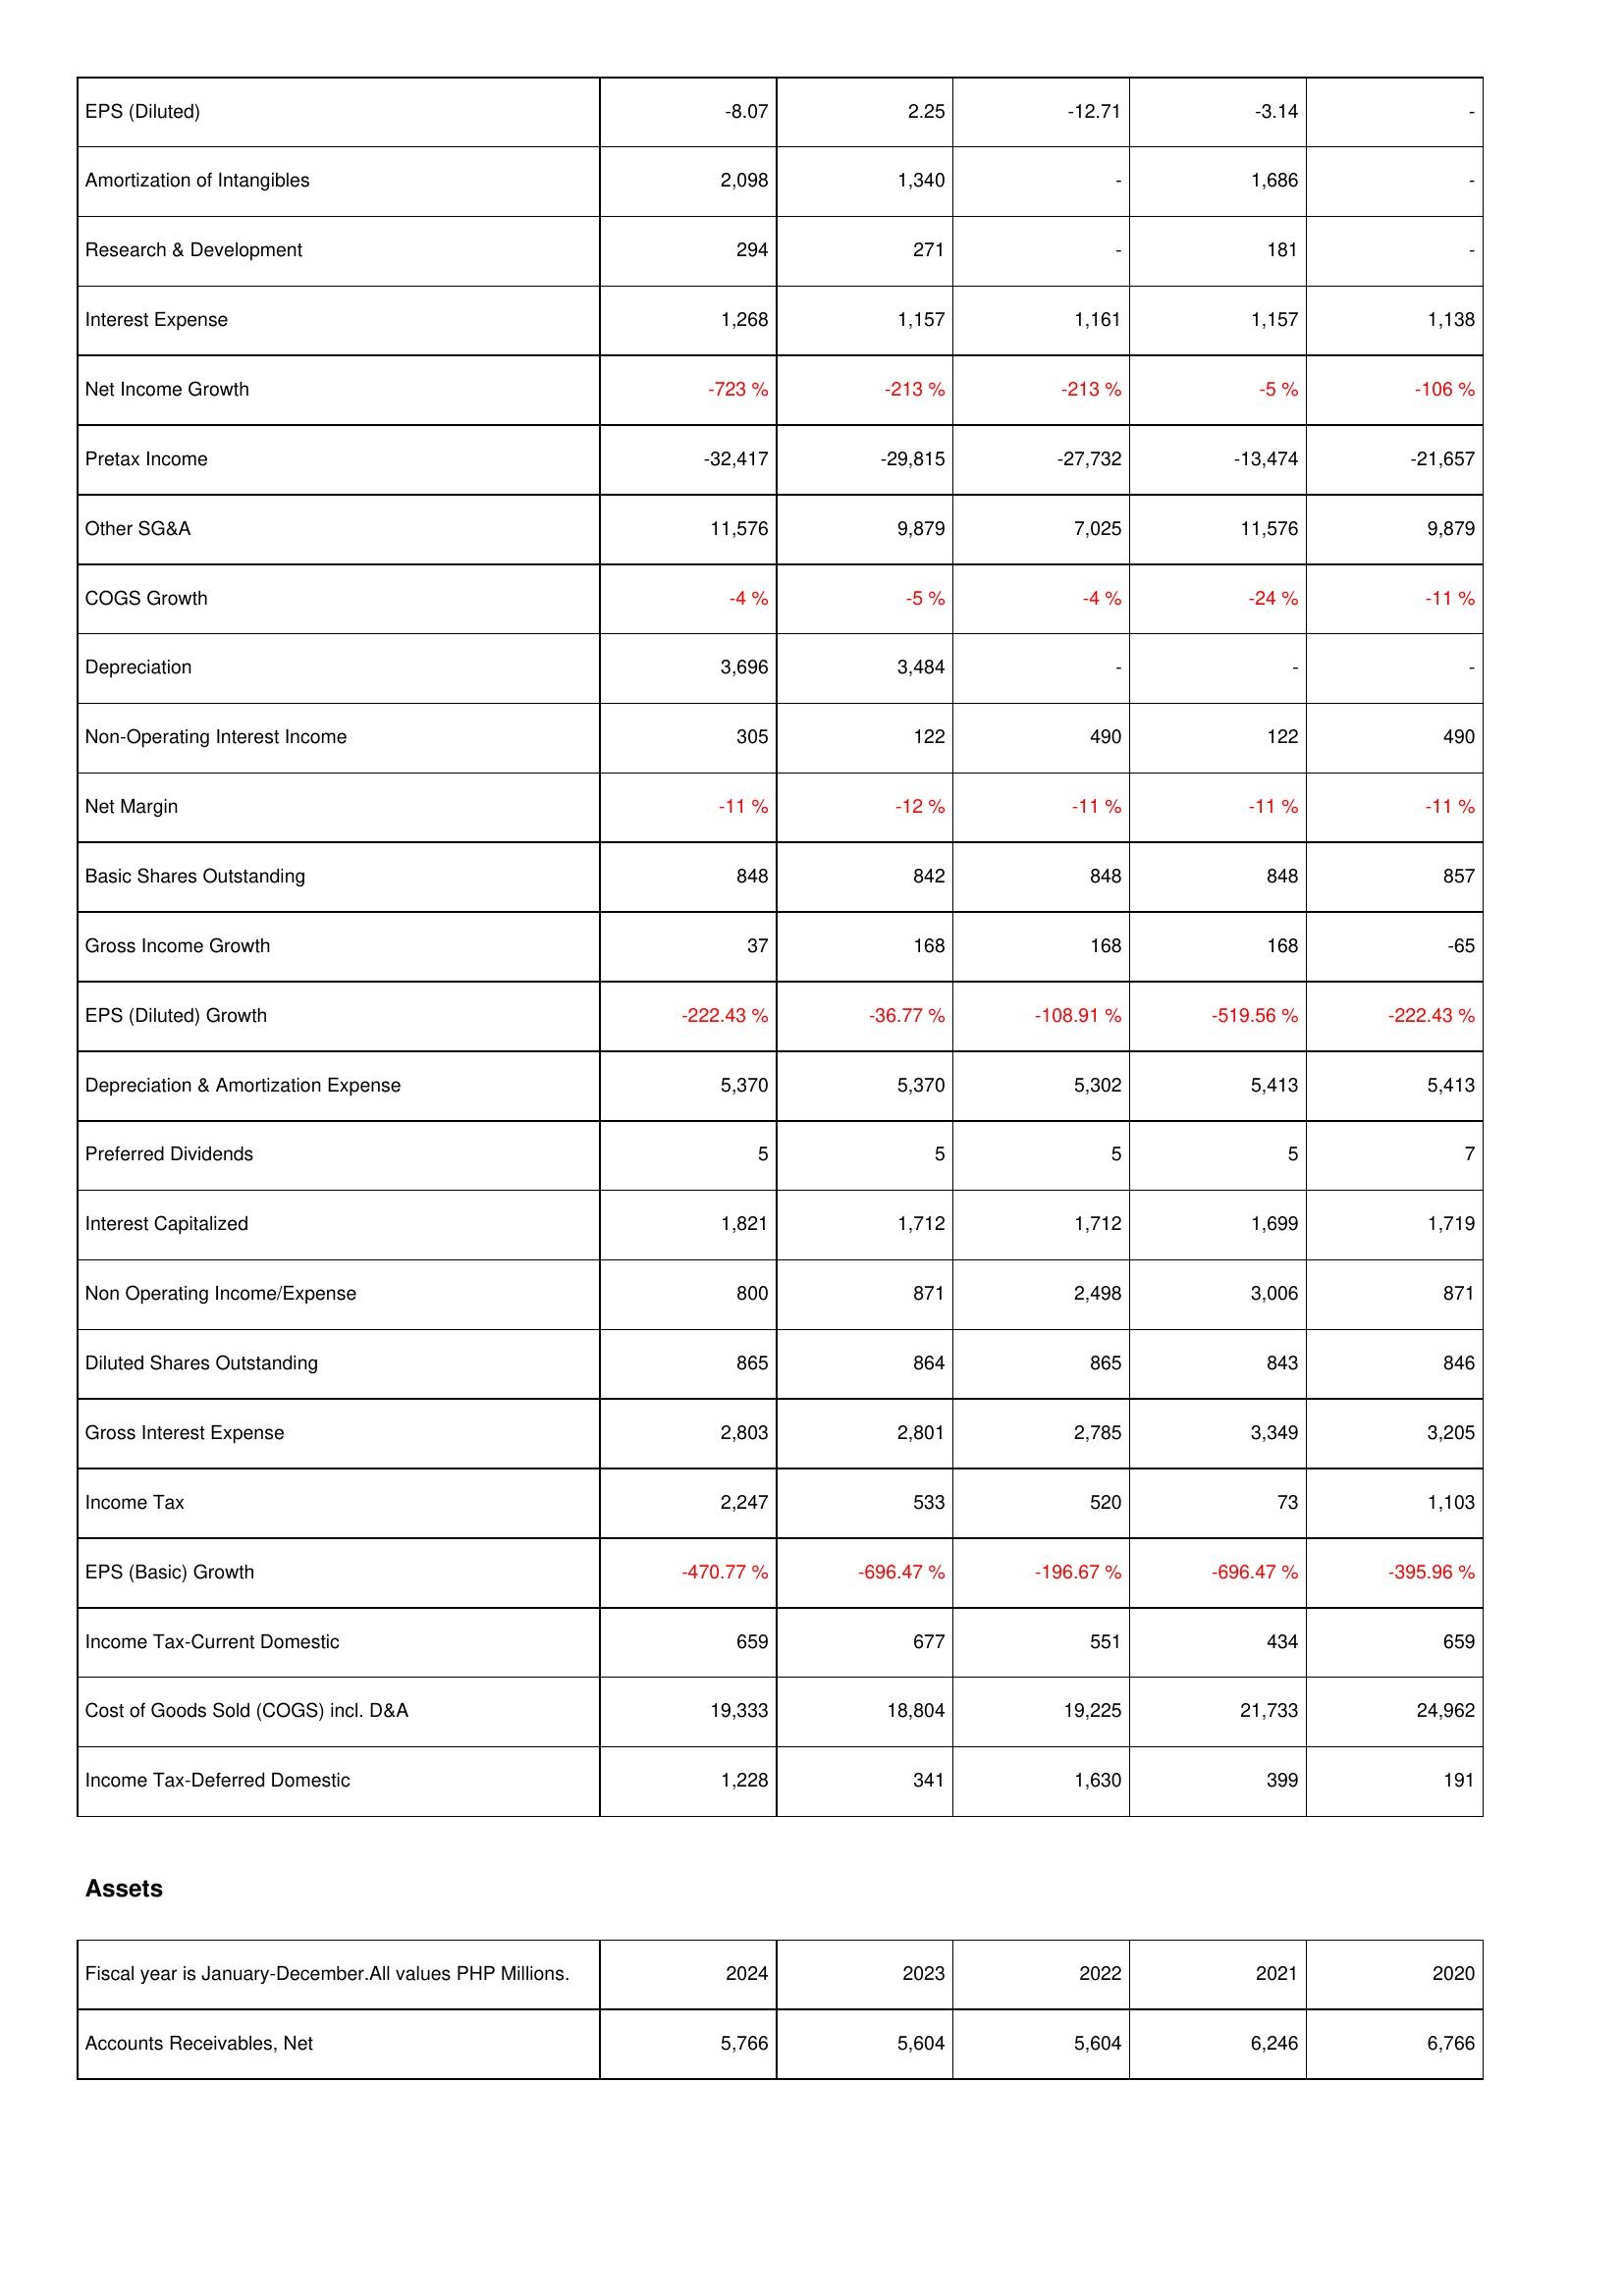
2024: Income Statement: EPS (Diluted): -8.07
Amortization of Intangibles: 2,098
Research & Development: 294
Interest Expense: 1,268
Net Income Growth: -723 %
Pretax Income: -32,417
Other SG&A: 11,576
COGS Growth: -4 %
Depreciation: 3,696
Non-Operating Interest Income: 305
Net Margin: -11 %
Basic Shares Outstanding: 848
Gross Income Growth: 37
EPS (Diluted) Growth: -222.43 %
Depreciation & Amortization Expense: 5,370
Preferred Dividends: 5
Interest Capitalized: 1,821
Non Operating Income/Expense: 800
Diluted Shares Outstanding: 865
Gross Interest Expense: 2,803
Income Tax: 2,247
EPS (Basic) Growth: -470.77 %
Income Tax-Current Domestic: 659
Cost of Goods Sold (COGS) incl. D&A: 19,333
Income Tax-Deferred Domestic: 1,228
Assets: Accounts Receivables, Net: 5,766
2023: Income Statement: EPS (Diluted): 2.25
Amortization of Intangibles: 1,340
Research & Development: 271
Interest Expense: 1,157
Net Income Growth: -213 %
Pretax Income: -29,815
Other SG&A: 9,879
COGS Growth: -5 %
Depreciation: 3,484
Non-Operating Interest Income: 122
Net Margin: -12 %
Basic Shares Outstanding: 842
Gross Income Growth: 168
EPS (Diluted) Growth: -36.77 %
Depreciation & Amortization Expense: 5,370
Preferred Dividends: 5
Interest Capitalized: 1,712
Non Operating Income/Expense: 871
Diluted Shares Outstanding: 864
Gross Interest Expense: 2,801
Income Tax: 533
EPS (Basic) Growth: -696.47 %
Income Tax-Current Domestic: 677
Cost of Goods Sold (COGS) incl. D&A: 18,804
Income Tax-Deferred Domestic: 341
Assets: Accounts Receivables, Net: 5,604
2022: Income Statement: EPS (Diluted): -12.71
Amortization of Intangibles: -
Research & Development: -
Interest Expense: 1,161
Net Income Growth: -213 %
Pretax Income: -27,732
Other SG&A: 7,025
COGS Growth: -4 %
Depreciation: -
Non-Operating Interest Income: 490
Net Margin: -11 %
Basic Shares Outstanding: 848
Gross Income Growth: 168
EPS (Diluted) Growth: -108.91 %
Depreciation & Amortization Expense: 5,302
Preferred Dividends: 5
Interest Capitalized: 1,712
Non Operating Income/Expense: 2,498
Diluted Shares Outstanding: 865
Gross Interest Expense: 2,785
Income Tax: 520
EPS (Basic) Growth: -196.67 %
Income Tax-Current Domestic: 551
Cost of Goods Sold (COGS) incl. D&A: 19,225
Income Tax-Deferred Domestic: 1,630
Assets: Accounts Receivables, Net: 5,604
2021: Income Statement: EPS (Diluted): -3.14
Amortization of Intangibles: 1,686
Research & Development: 181
Interest Expense: 1,157
Net Income Growth: -5 %
Pretax Income: -13,474
Other SG&A: 11,576
COGS Growth: -24 %
Depreciation: -
Non-Operating Interest Income: 122
Net Margin: -11 %
Basic Shares Outstanding: 848
Gross Income Growth: 168
EPS (Diluted) Growth: -519.56 %
Depreciation & Amortization Expense: 5,413
Preferred Dividends: 5
Interest Capitalized: 1,699
Non Operating Income/Expense: 3,006
Diluted Shares Outstanding: 843
Gross Interest Expense: 3,349
Income Tax: 73
EPS (Basic) Growth: -696.47 %
Income Tax-Current Domestic: 434
Cost of Goods Sold (COGS) incl. D&A: 21,733
Income Tax-Deferred Domestic: 399
Assets: Accounts Receivables, Net: 6,246
2020: Income Statement: EPS (Diluted): -
Amortization of Intangibles: -
Research & Development: -
Interest Expense: 1,138
Net Income Growth: -106 %
Pretax Income: -21,657
Other SG&A: 9,879
COGS Growth: -11 %
Depreciation: -
Non-Operating Interest Income: 490
Net Margin: -11 %
Basic Shares Outstanding: 857
Gross Income Growth: -65
EPS (Diluted) Growth: -222.43 %
Depreciation & Amortization Expense: 5,413
Preferred Dividends: 7
Interest Capitalized: 1,719
Non Operating Income/Expense: 871
Diluted Shares Outstanding: 846
Gross Interest Expense: 3,205
Income Tax: 1,103
EPS (Basic) Growth: -395.96 %
Income Tax-Current Domestic: 659
Cost of Goods Sold (COGS) incl. D&A: 24,962
Income Tax-Deferred Domestic: 191
Assets: Accounts Receivables, Net: 6,766